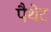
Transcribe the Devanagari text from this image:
पैथेट